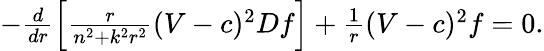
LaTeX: \begin{array}{r}{-\frac{d}{dr}\left[\frac{r}{n^{2}+k^{2}r^{2}}(V-c)^{2}Df\right]+\frac{1}{r}(V-c)^{2}f=0.}\end{array}